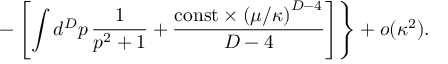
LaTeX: - \left[ \int d ^ { D } p \, { \frac { 1 } { p ^ { 2 } + 1 } } + { \frac { \mathrm { c o n s t } \times \left( \mu / \kappa \right) ^ { D - 4 } } { D - 4 } } \right] \Biggr \} + o ( \kappa ^ { 2 } ) .